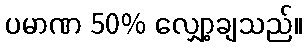
ပမာဏ 50% လျှော့ချသည်။